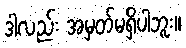
ဒါလည်း အမှတ်မရှိပါဘူး။